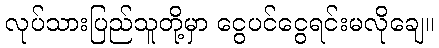
လုပ်သားပြည်သူတို့မှာ ငွေပင်ငွေရင်းမလိုချေ။